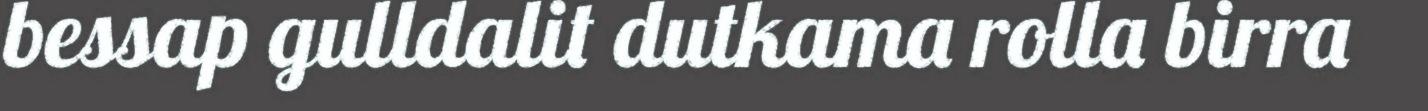
bessap gulldalit dutkama rolla birra